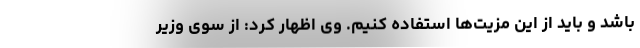
باشد و باید از این مزیت‌ها استفاده کنیم. وی اظهار کرد: از سوی وزیر